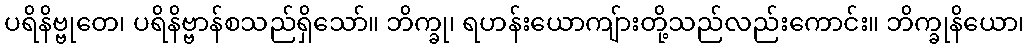
ပရိနိဗ္ဗုတေ၊ ပရိနိဗ္ဗာန်စသည်ရှိသော်။ ဘိက္ခု၊ ရဟန်းယောကျ်ားတို့သည်လည်းကောင်း။ ဘိက္ခုနိယော၊